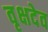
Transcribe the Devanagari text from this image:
वृक्षदेव